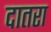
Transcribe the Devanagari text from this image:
दातरा